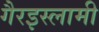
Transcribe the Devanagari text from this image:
गैरइस्लामी